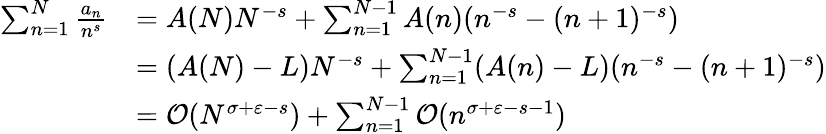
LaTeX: {\begin{array}{rl}{\sum_{n=1}^{N}{\frac{a_{n}}{n^{s}}}}&{=A(N)N^{-s}+\sum_{n=1}^{N-1}A(n)(n^{-s}-(n+1)^{-s})}\\ &{=(A(N)-L)N^{-s}+\sum_{n=1}^{N-1}(A(n)-L)(n^{-s}-(n+1)^{-s})}\\ &{={\mathcal{O}}(N^{\sigma+\varepsilon-s})+\sum_{n=1}^{N-1}{\mathcal{O}}(n^{\sigma+\varepsilon-s-1})}\end{array}}